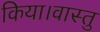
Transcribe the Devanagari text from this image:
किया।वास्तु